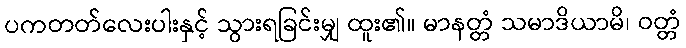
ပကတတ်လေးပါးနှင့် သွားရခြင်းမျှ ထူး၏။ မာနတ္တံ သမာဒိယာမိ၊ ဝတ္တံ